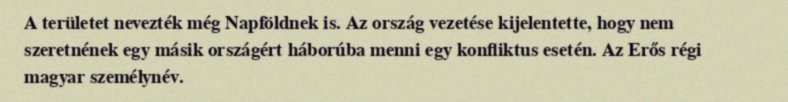
A területet nevezték még Napföldnek is. Az ország vezetése kijelentette, hogy nem szeretnének egy másik országért háborúba menni egy konfliktus esetén. Az Erős régi magyar személynév.